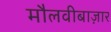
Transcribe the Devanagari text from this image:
मौलवीबाज़ार